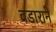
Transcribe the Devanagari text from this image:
वडाराने